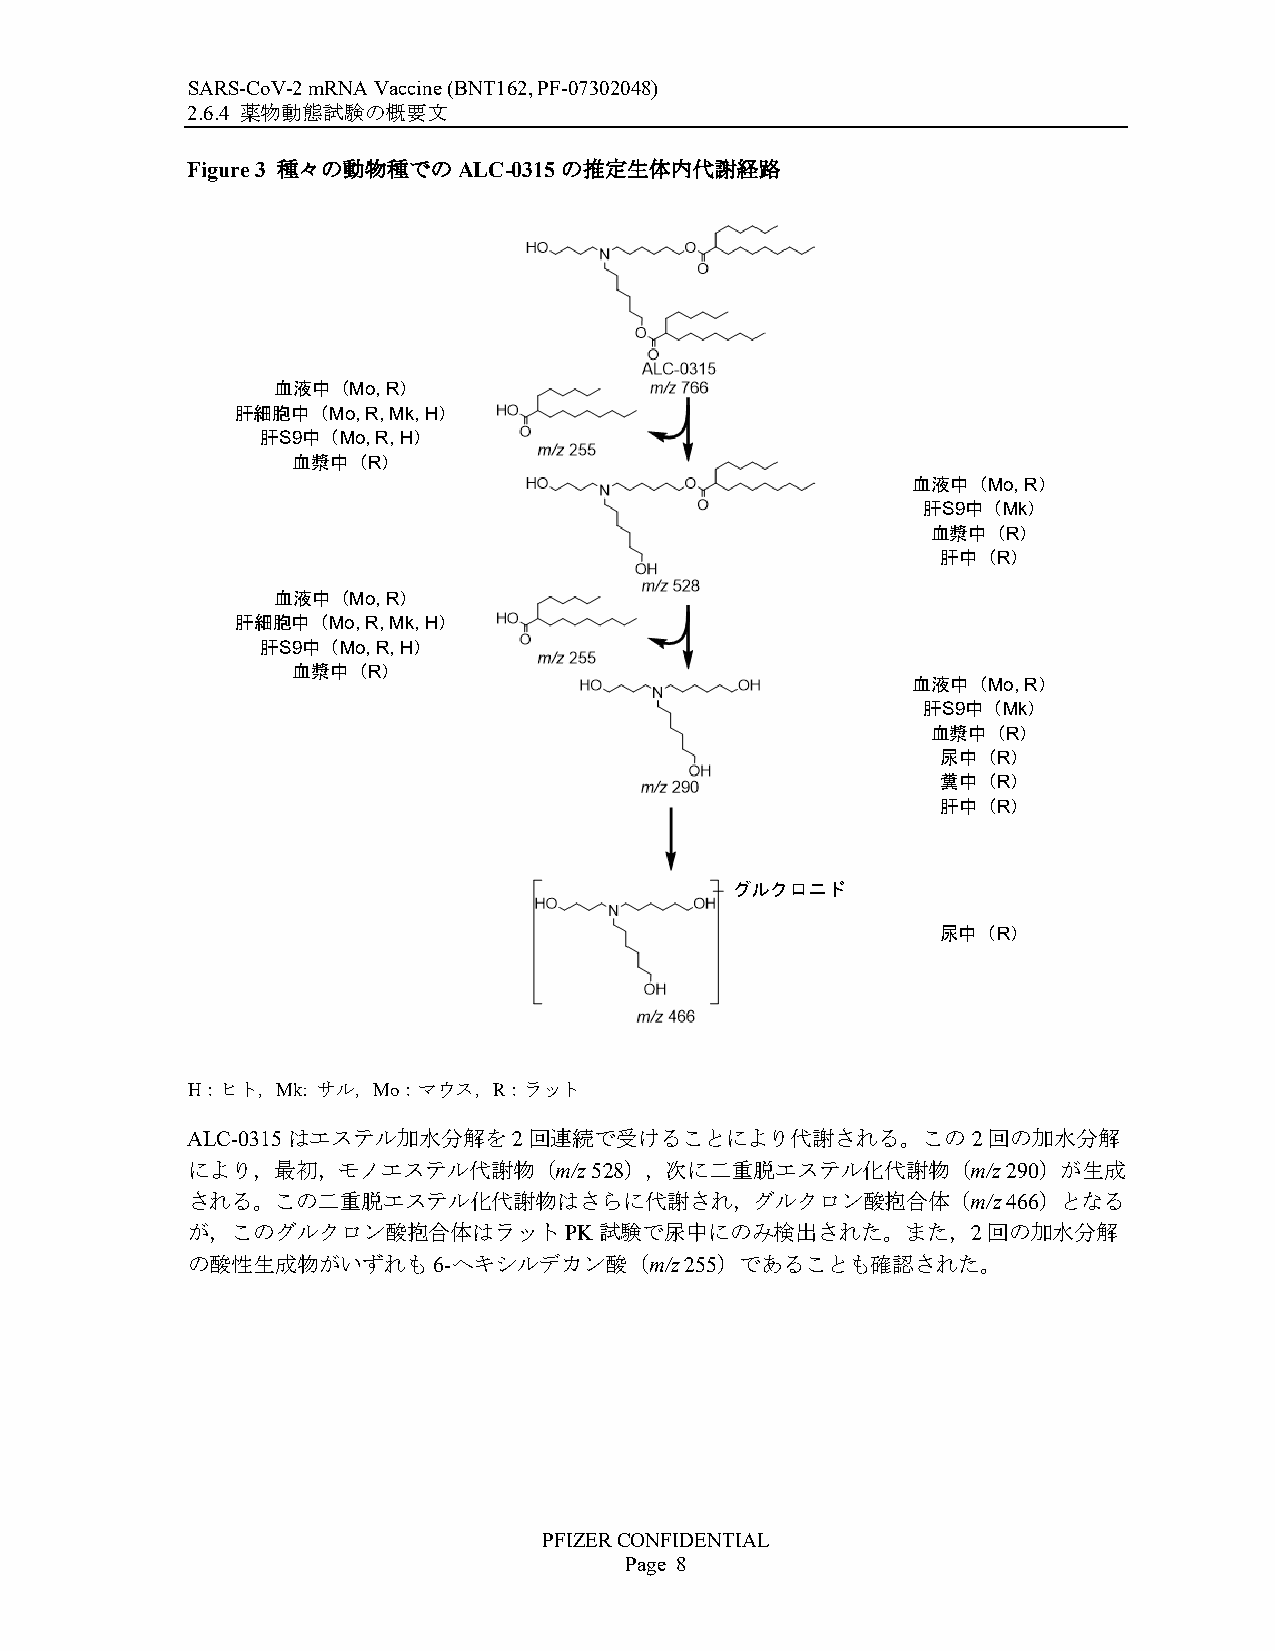
マスキング箇所：調整中
 SARS-CoV-2 mRNA Vaccine (BNT162, PF-07302048)
 2.6.4 薬物動態試験の概要文
 Figure 3 種々の動物種でのALC-0315の推定生体内代謝経路
 血液中（Mo, R）
 肝細胞中（Mo, R,Mk, H）
 肝S9中（Mo, R,H）
 血漿中（R）
 血液中（Mo, R）
 肝S9中（Mk）
 血漿中（R）
 肝中（R）
 血液中（Mo, R）
 肝細胞中（Mo,R, Mk, H）
 肝S9中（Mo, R, H）
 血漿中（R）
 血液中（Mo, R）
 肝S9中（Mk）
 血漿中（R）
 尿中（R）
 糞中（R）
 肝中（R）
 グルクロニド
 尿中（R）
 H：ヒト，Mk: サル，Mo：マウス，R：ラット
 ALC-0315はエステル加水分解を2回連続で受けることにより代謝される。この2回の加水分解
 により，最初，モノエステル代謝物（m/z528），次に二重脱エステル化代謝物（m/z290）が生成
 される。この二重脱エステル化代謝物はさらに代謝され，グルクロン酸抱合体（m/z466）となる
 が，このグルクロン酸抱合体はラットPK試験で尿中にのみ検出された。また，2回の加水分解
 の酸性生成物がいずれも6-ヘキシルデカン酸（m/z255）であることも確認された。
 PFIZERCONFIDENTIAL
 Page 8